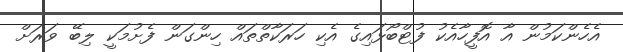
އެހެންކަމުން އާ އޮފީހާއެކު ފުޓްބޯޅައިގެ އެކި ހަރަކާތްތައް ހިންގަން ފެށުމަކީ ލިބޭ ވަރަށް